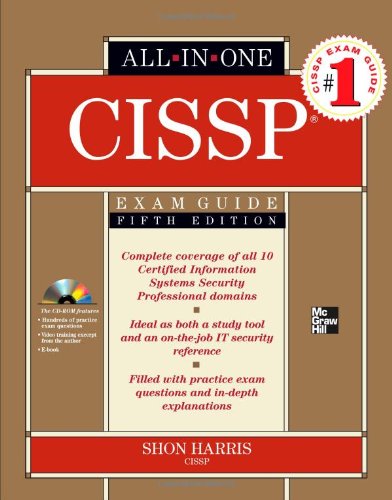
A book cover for CISSP All-in-One Exam Guide, Fifth Edition; Shon Harris; Computers & Technology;